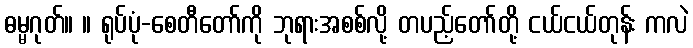
ဓမ္မဂုတ်။ ။ ရုပ်ပုံ-စေတီတော်ကို ဘုရားအစစ်လို့ တပည့်တော်တို့ ငယ်ငယ်တုန်း ကလဲ